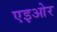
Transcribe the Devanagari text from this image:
एइओर